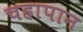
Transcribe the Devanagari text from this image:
चहापान